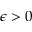
\epsilon > 0